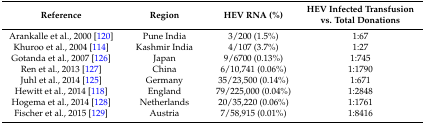
| Reference | Region | HEV RNA (%) | HEV Infected Transfusion vs. Total Donations |
 | --- | --- | --- | --- |
 | Arankalle et al., 2000 [120] | Pune India | 3/200 (1.5%) | 1:67 |
 | Khuroo et al., 2004 [114] | Kashmir India | 4/107 (3.7%) | 1:27 |
 | Gotanda et al., 2007 [126] | Japan | 9/6700 (0.13%) | 1:745 |
 | Ren et al., 2013 [127] | China | 6/10,741 (0.06%) | 1:1790 |
 | Juhl et al., 2014 [125] | Germany | 35/23,500 (0.14%) | 1:671 |
 | Hewitt et al., 2014 [118] | England | 79/225,000 (0.04%) | 1:2848 |
 | Hogema et al., 2014 [128] | Netherlands | 20/35,220 (0.06%) | 1:1761 |
 | Fischer et al., 2015 [129] | Austria | 7/58,915 (0.01%) | 1:8416 |